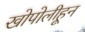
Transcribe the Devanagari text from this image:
खोपोलीहून